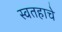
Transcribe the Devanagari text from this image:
स्वतहाचे